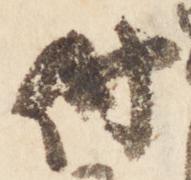
付